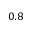
0 . 8